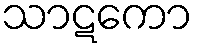
သာဋကော